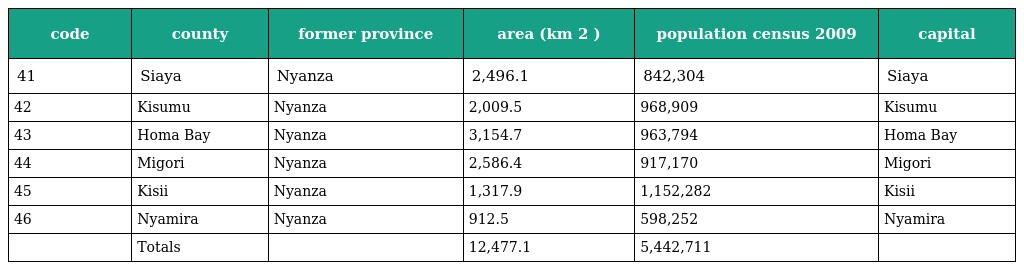
| code | county | former province | area (km 2 ) | population census 2009 | capital |
 | --- | --- | --- | --- | --- | --- |
 | 41 | Siaya | Nyanza | 2,496.1 | 842,304 | Siaya |
 | 42 | Kisumu | Nyanza | 2,009.5 | 968,909 | Kisumu |
 | 43 | Homa Bay | Nyanza | 3,154.7 | 963,794 | Homa Bay |
 | 44 | Migori | Nyanza | 2,586.4 | 917,170 | Migori |
 | 45 | Kisii | Nyanza | 1,317.9 | 1,152,282 | Kisii |
 | 46 | Nyamira | Nyanza | 912.5 | 598,252 | Nyamira |
 |  | Totals |  | 12,477.1 | 5,442,711 |  |